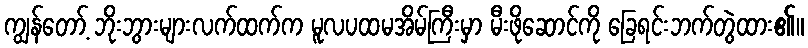
ကျွန်တော့် ဘိုးဘွားများလက်ထက်က မူလပထမအိမ်ကြီးမှာ မီးဖိုဆောင်ကို ခြေရင်းဘက်တွဲထား၏။